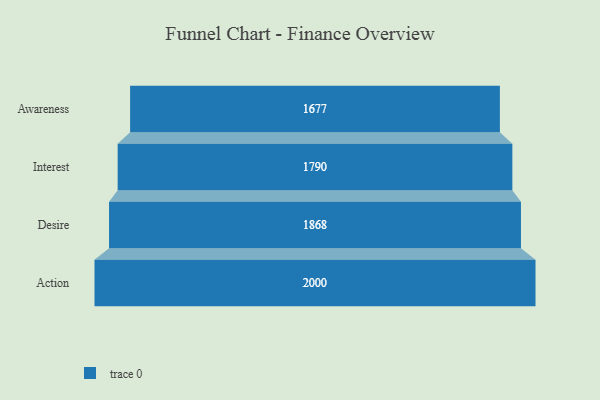
{"axis": {"x": "Stage", "y": "Value"}, "legend": [""], "data": [{"x": "Awareness", "y": 1677.0, "type": ""}, {"x": "Interest", "y": 1790.0, "type": ""}, {"x": "Desire", "y": 1868.0, "type": ""}, {"x": "Action", "y": 2000, "type": ""}]}